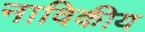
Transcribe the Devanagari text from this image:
नाविकीय